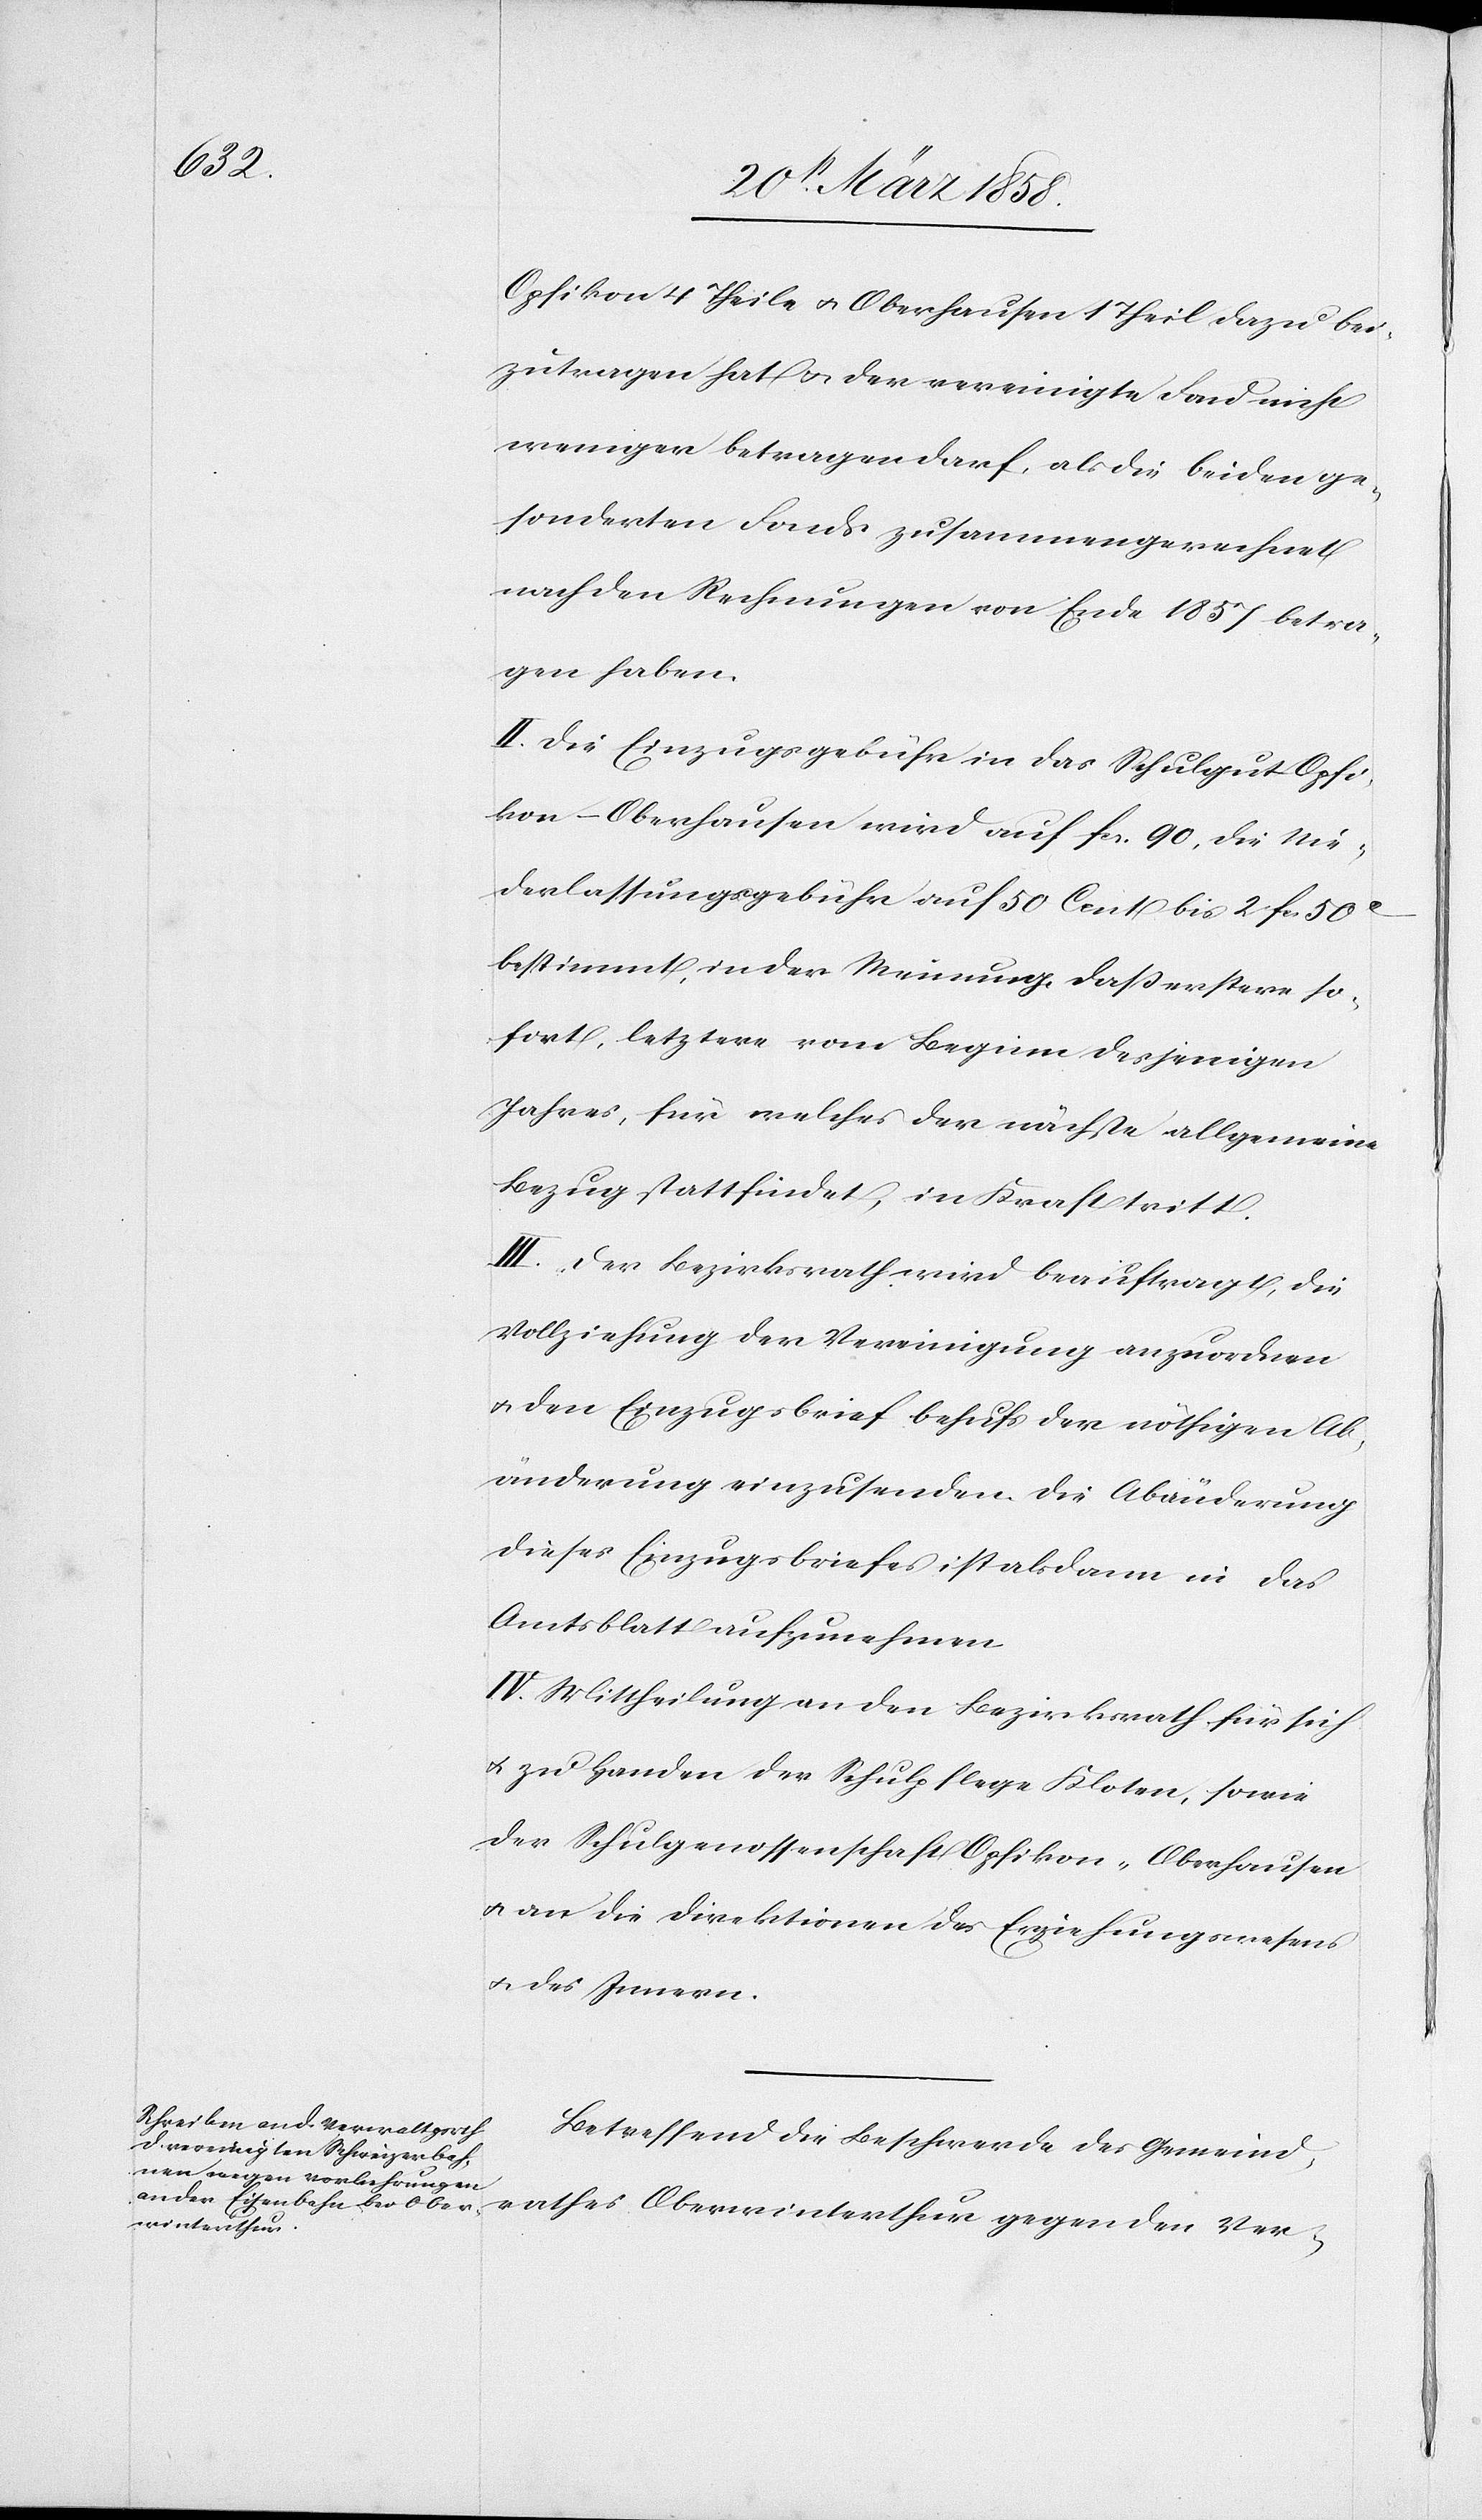
Opfikon 4 Theile u. Oberhausen 1 Theil dazu bei¬
zutragen hat u. der vereinigte Fond nicht
weniger betragen darf, als die beiden ge¬
sonderten Fonds zusammengerechnet
nach den Rechnungen von Ende 1857 betra¬
gen haben.
II. Die Einzugsgebühr in das Schulgut Opfi¬
kon-Oberhausen wird auf fcs. 90, die Nie¬
derlassungsgebühr auf 50 Cent bis 2 fcs. 50C
bestimmt, in der Meinung, daß erstere so¬
fort, letztere vom Beginn desjenigen
Jahres, für welches der nächste allgemeine
Bezug stattfindet, in Kraft tritt.
III. Der Bezirksrath wird beauftragt, die
Vollziehung der Vereinigung anzuordnen
u. den Einzugsbrief behufs der nöthigen Ab¬
änderung einzusenden. Die Abänderung
dieses Einzugsbriefes ist alsdann in das
Amtsblatt aufzunehmen.
IV. Mittheilung an den Bezirksrath für sich
u. zu Handen der Schulpflege Kloten, sowie
der Schulgenossenschaft Opfikon-Oberhausen
u. an die Direktionen des Erziehungswesens
u. des Innern.
Betreffend die Beschwerde des Gemeind¬
rathes Oberwinterthur gegen den Ver-